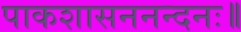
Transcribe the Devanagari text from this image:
पाकशासननन्दनः॥